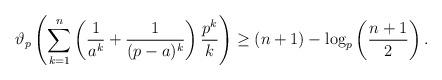
LaTeX: \begin{align*}\vartheta_p\left(\sum_{k = 1}^{n}\left(\frac{1}{a^k} + \frac{1}{(p - a)^k}\right) \frac{p^k}{k}\right) \geq (n + 1) - \log_p\left(\frac{n + 1}{2}\right) .\end{align*}